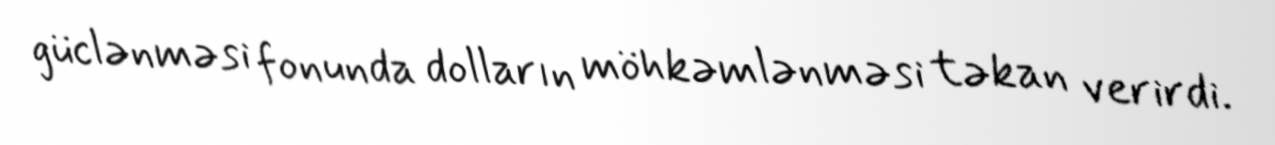
güclənməsi fonunda dolların möhkəmlənməsi təkan verirdi.